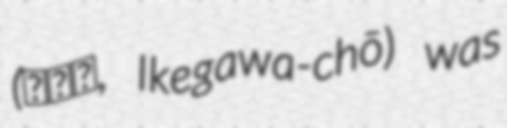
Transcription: (池川町, Ikegawa-chō) was